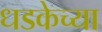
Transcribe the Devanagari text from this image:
धडकेच्या